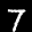
Label: 7